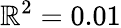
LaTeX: \mathbb{R}^{2}=0.01